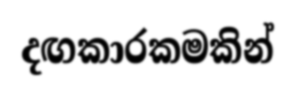
දඟකාරකමකින්